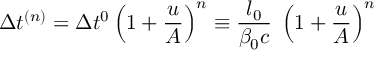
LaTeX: \Delta t ^ { ( n ) } = \Delta t ^ { 0 } \left( 1 + \frac { u } { A } \right) ^ { n } \equiv \frac { l _ { 0 } } { \beta _ { 0 } c } \; \left( 1 + \frac { u } { A } \right) ^ { n }